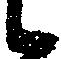
候